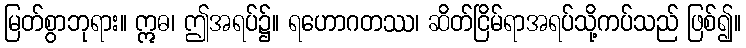
မြတ်စွာဘုရား။ ဣဓ၊ ဤအရပ်၌။ ရဟောဂတဿ၊ ဆိတ်ငြိမ်ရာအရပ်သို့ကပ်သည် ဖြစ်၍။